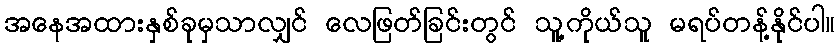
အနေအထားနှစ်ခုမှသာလျှင် လေဖြတ်ခြင်းတွင် သူ့ကိုယ်သူ မရပ်တန့်နိုင်ပါ။